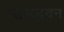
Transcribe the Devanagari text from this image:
संसद्भवन